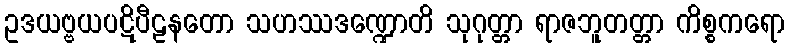
ဥဒယဗ္ဗယပဋိပီဠနတော သဟဿဒဏ္ဍောတိ သုဂုတ္တာ ရာဇဘူတတ္တာ ကိစ္စကရော